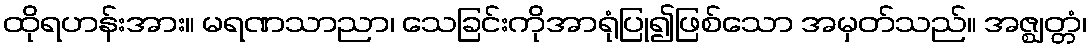
ထိုရဟန်းအား။ မရဏသာညာ၊ သေခြင်းကိုအာရုံပြု၍ဖြစ်သော အမှတ်သည်။ အဇ္ဈတ္တံ၊